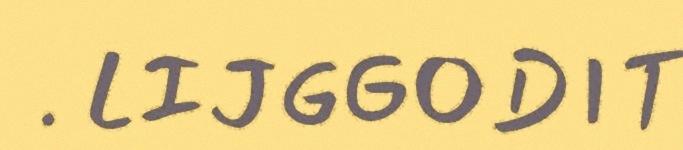
. LIJGGODIT